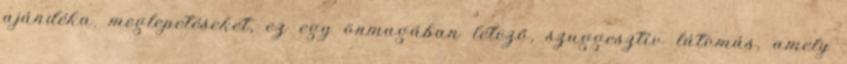
ajándéka. meglepetéseket, ez egy önmagában létező, szuggesztív látomás, amely